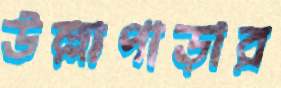
উল্লাপাড়ার